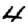
Digit: 4